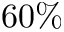
6 0 \%